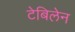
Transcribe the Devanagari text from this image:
टेबिलेन